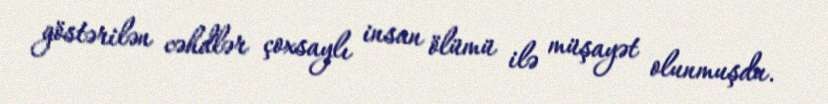
göstərilən cəhdlər çoxsaylı insan ölümü ilə müşayət olunmuşdu.